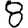
Digit: 8